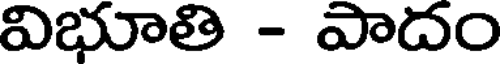
విభూతి - పాదం